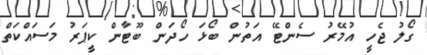
ގޯލު ޖެހީ އުމޭރު ސެންޓޭ އަތުން ބޯޅަ ހޯދަން ބޫޓާން ކީޕަރު މަސައްކަތް